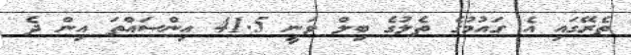
ތެރޭގައި އެ ގައުމުގެ ތެލުގެ ބިލް ވަނީ 41.5 އިންސައްތަ އިން ދެ